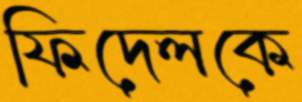
ফিদেলকে